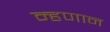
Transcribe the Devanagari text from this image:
म्हणान